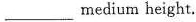
___ medium height.